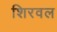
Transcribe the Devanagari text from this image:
शिरवल